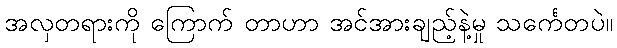
အလှတရားကို ကြောက် တာဟာ အင်အားချည့်နဲ့မှု သင်္ကေတပဲ။